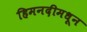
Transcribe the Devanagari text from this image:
हिमनदीमधून